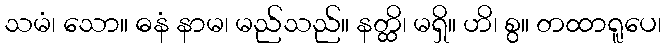
သမံ၊ သော။ ဓနံ နာမ၊ မည်သည်။ နတ္ထိ၊ မရှိ။ ဟိ၊ စွ။ တထာရူပေ၊